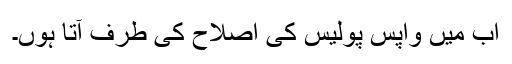
اب میں واپس پولیس کی اصلاح کی طرف آتا ہوں۔